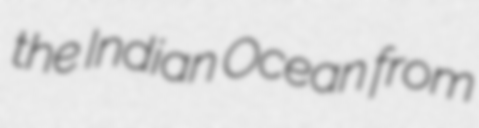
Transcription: the Indian Ocean from